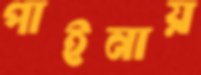
পাইনায়